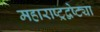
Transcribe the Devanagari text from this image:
महाराष्ट्रद्वेष्ट्या